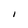
Character: I